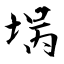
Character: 埚